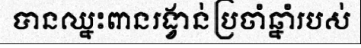
បានឈ្នះពានរង្វាន់ប្រចាំឆ្នាំរបស់